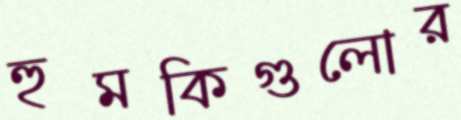
হুমকিগুলোর